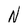
Character: N